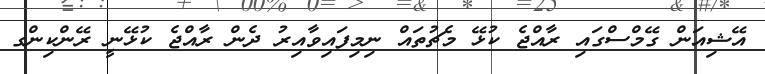
އޭޝިއަން ގޭމްސްގައި ރާއްޖެ ކުޅޭ މެޗުތައް ނިމިފައިވާއިރު ދެން ރާއްޖެ ކުޅޭނީ ރޭންކިންގ